Plague in India, 1896, 1897 - Volume 1
Year: 1896
Disease focus: Plague
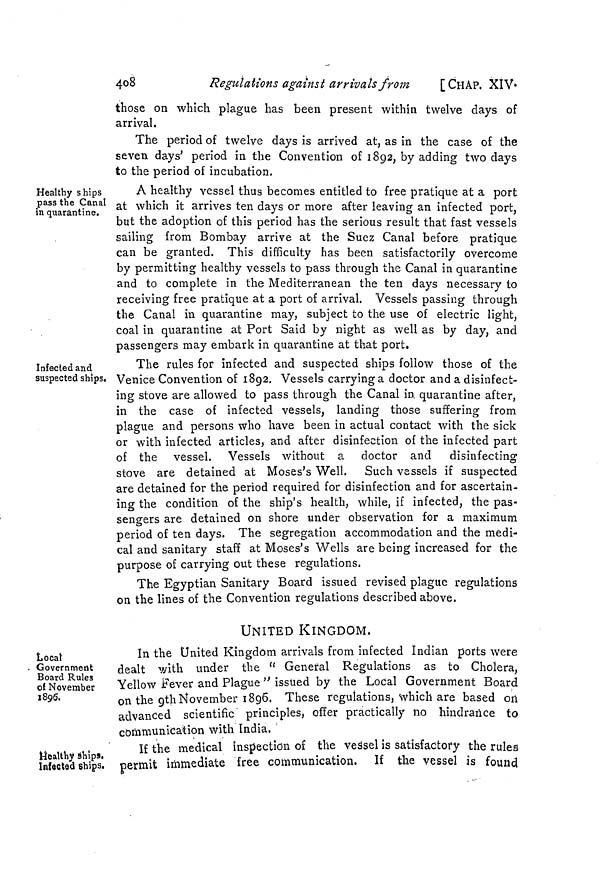
408
Regulations against arrivals from
[CHAP. XIV.
those on which plague has been present within twelve days of
arrival.
The period of twelve days is arrived at, as in the case of the
seven days' period in the Convention of 1892, by adding two days
to the period of incubation.
Healthy ships
pass the Canal
in quarantine.
A healthy vessel thus becomes entitled to free pratique at a port
at which it arrives ten days or more after leaving an infected port,
but the adoption of this period has the serious result that fast vessels
sailing from Bombay arrive at the Suez Canal before pratique
can be granted. This difficulty has been satisfactorily overcome
by permitting healthy vessels to pass through the Canal in quarantine
and to complete in the Mediterranean the ten days necessary to
receiving free pratique at a port of arrival. Vessels passing through
the Canal in quarantine may, subject to the use of electric light,
coal in quarantine at Port Said by night as well as by day, and
passengers may embark in quarantine at that port.
Infected and
suspected ships.
The rules for infected and suspected ships follow those of the
Venice Convention of 1892. Vessels carrying a doctor and a disinfect-
ing stove are allowed to pass through the Canal in. quarantine after,
in the case of infected vessels, landing those suffering from
plague and persons who have been in actual contact with the sick
or with infected articles, and after disinfection of the infected part
of the vessel. Vessels without a doctor and disinfecting
stove are detained at Moses's Well. Such vessels if suspected
are detained for the period required for disinfection and for ascertain-
ing the condition of the ship's health, while, if infected, the pas-
sengers are detained on shore under observation for a maximum
period of ten days. The segregation accommodation and the medi-
cal and sanitary staff at Moses's Wells are being increased for the
purpose of carrying out these regulations.
The Egyptian Sanitary Board issued revised plague regulations
on the lines of the Convention regulations described above.
UNITED KINGDOM.
Local
. Government
Board Rules
of November
1896.
In the United Kingdom arrivals from infected Indian ports were
dealt with under the " General Regulations as to Cholera,
Yellow Fever and Plague " issued by the Local Government Board
on the 9th November 1896. These regulations, which are based on
advanced scientific principles, offer practically no hindrance to
communication with India.
Healthy ships,
Infected ships.
If the medical inspection of the vessel is satisfactory the rules
permit immediate free communication. If the vessel is found